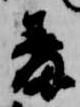
羞